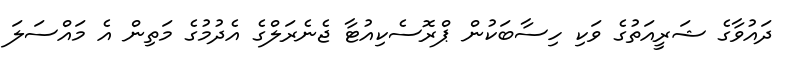
ދައުވާގެ ޝަރީއަތުގެ ވަކި ހިސާބަކުން ޕްރޮސެކިއުޓާ ޖެނެރަލްގެ އެދުމުގެ މަތިން އެ މައްސަލަ